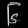
Digit: ၆